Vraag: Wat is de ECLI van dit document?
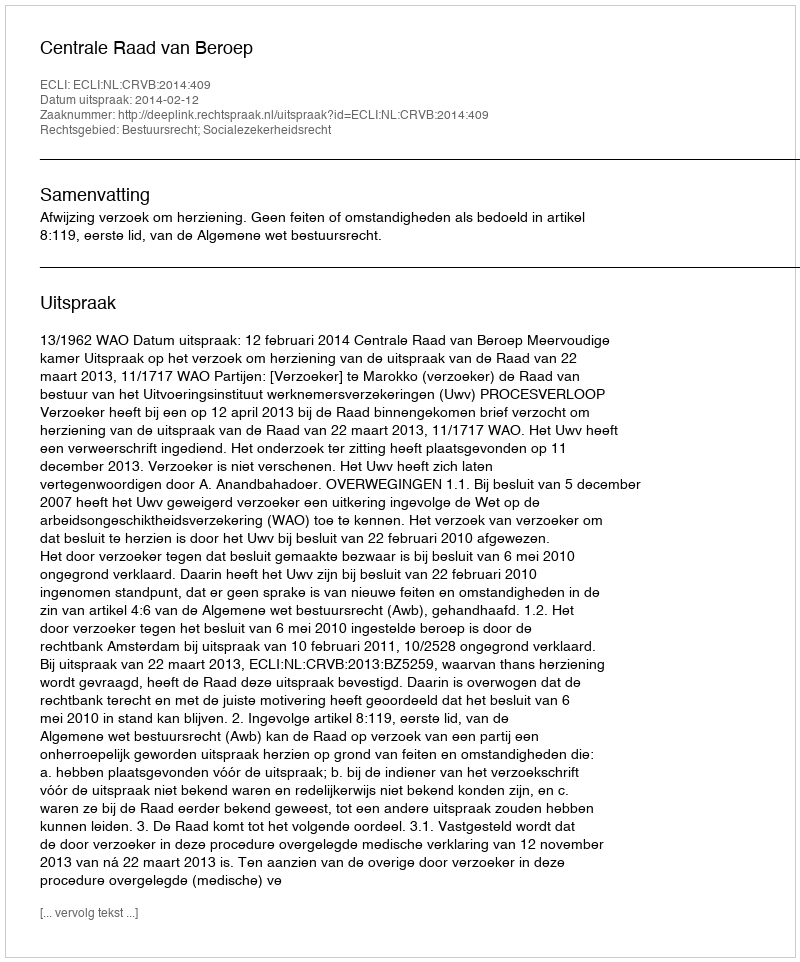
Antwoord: ECLI:NL:CRVB:2014:409